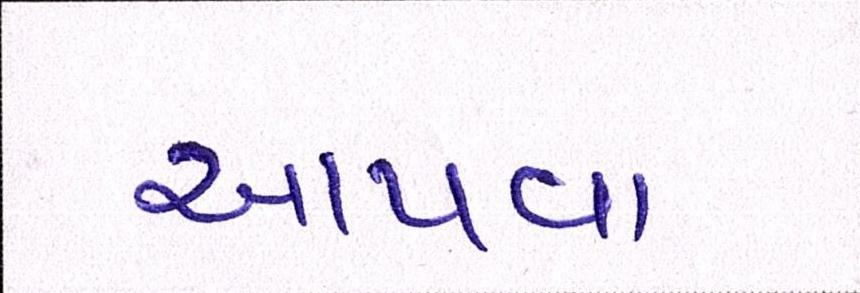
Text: આપવા